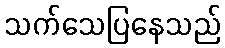
သက်သေပြနေသည်